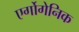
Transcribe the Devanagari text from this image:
एर्गोगेनिक